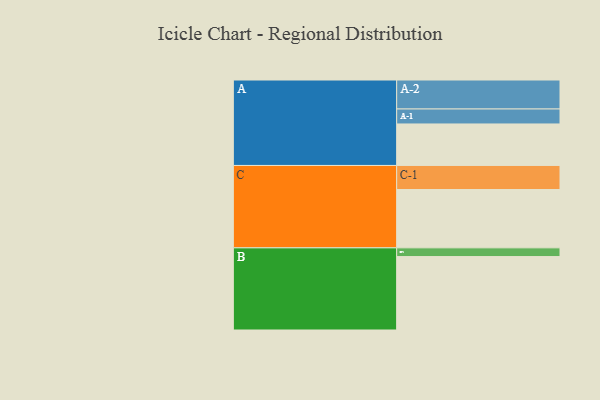
{"axis": {"x": "Segment", "y": "Value"}, "legend": ["", "A", "B", "C"], "data": [{"x": "A", "y": 338, "type": ""}, {"x": "B", "y": 598, "type": ""}, {"x": "C", "y": 475, "type": ""}, {"x": "A-1", "y": 122, "type": "A"}, {"x": "A-2", "y": 236, "type": "A"}, {"x": "B-1", "y": 71, "type": "B"}, {"x": "C-1", "y": 196, "type": "C"}]}